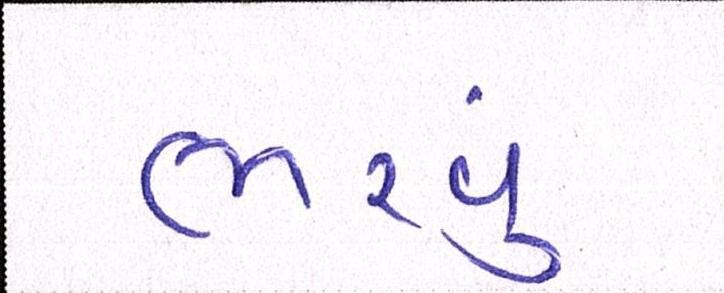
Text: ભરવું